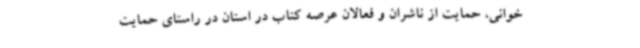
خوانی، حمایت از ناشران و فعالان عرصه کتاب در استان در راستای حمایت